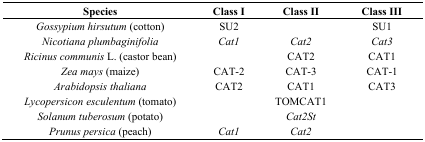
<table><thead><tr><td><b>Species</b></td><td><b>Class I</b></td><td><b>Class II</b></td><td><b>Class III</b></td></tr></thead><tbody><tr><td><i>Gossypium hirsutum</i> (cotton)</td><td>SU2</td><td></td><td>SU1</td></tr><tr><td><i>Nicotiana plumbaginifolia</i></td><td><i>Cat1</i></td><td><i>Cat2</i></td><td><i>Cat3</i></td></tr><tr><td><i>Ricinus communis</i> L. (castor bean)</td><td></td><td>CAT2</td><td>CAT1</td></tr><tr><td><i>Zea mays</i> (maize)</td><td>CAT-2</td><td>CAT-3</td><td>CAT-1</td></tr><tr><td><i>Arabidopsis thaliana</i></td><td>CAT2</td><td>CAT1</td><td>CAT3</td></tr><tr><td><i>Lycopersicon esculentum</i> (tomato)</td><td></td><td>TOMCAT1</td><td></td></tr><tr><td><i>Solanum tuberosum</i> (potato)</td><td></td><td><i>Cat2St</i></td><td></td></tr><tr><td><i>Prunus persica</i> (peach)</td><td><i>Cat1</i></td><td><i>Cat2</i></td><td></td></tr></tbody></table>